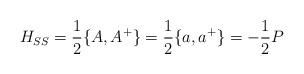
LaTeX: \begin{align*}H_{SS} = \frac{1}{2} \{ A,A^+ \} = \frac{1}{2} \{ a,a^+ \}= - \frac{1}{2} P\end{align*}